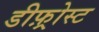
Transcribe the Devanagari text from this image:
डीफ़्रोस्ट